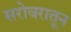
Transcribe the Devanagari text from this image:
सरोवरातून